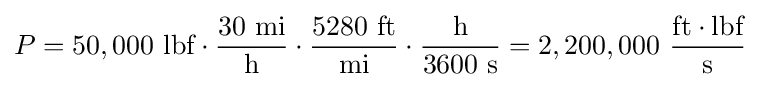
P=50,000~{\text{lbf}}\cdot {\frac {30~{\text{mi}}}{\text{h}}}\cdot {\frac {5280~{\text{ft}}}{\text{mi}}}\cdot {\frac {\text{h}}{3600~{\text{s}}}}=2,200,000~{\frac {{\text{ft}}\cdot {\text{lbf}}}{\text{s}}}